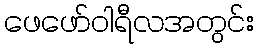
ဖေဖော်ဝါရီလအတွင်း